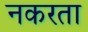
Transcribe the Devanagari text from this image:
नकरता